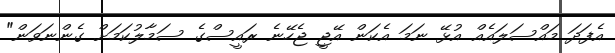
އެފަދަ މައްސަލައެއް އުޅޭ ނަމަ އެކަން އޭޖީ ޖެހޭނެ ރައީސްގެ ސަމާލުކަމަށް ގެންނަވަން"